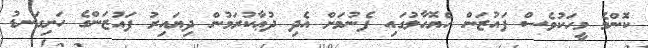
ކޮންމެ މީހަކުވެސް ފައުޒަން ހެޔޮހާލުގައި ފެނުމަށް އެދި ދުޢާކުރަމުން ދިޔައިރު ފައުޒަންގެ ހަށިގަނޑު